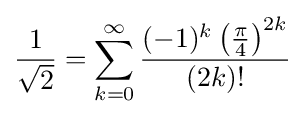
{\frac {1}{\sqrt {2}}}=\sum _{k=0}^{\infty }{\frac {(-1)^{k}\left({\frac {\pi }{4}}\right)^{2k}}{(2k)!}}